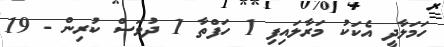
ހަމަލާދީ އެކަކު މަރާލައިފި 1 ހަފްތާ 1 ދުވަސް ކުރިން - 19